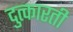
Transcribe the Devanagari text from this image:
दुत्कारती